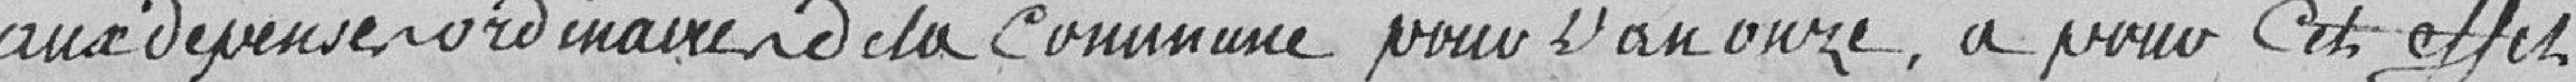
aux dépenses ordinaires de la Commune pour l'an douze a pour cet effet